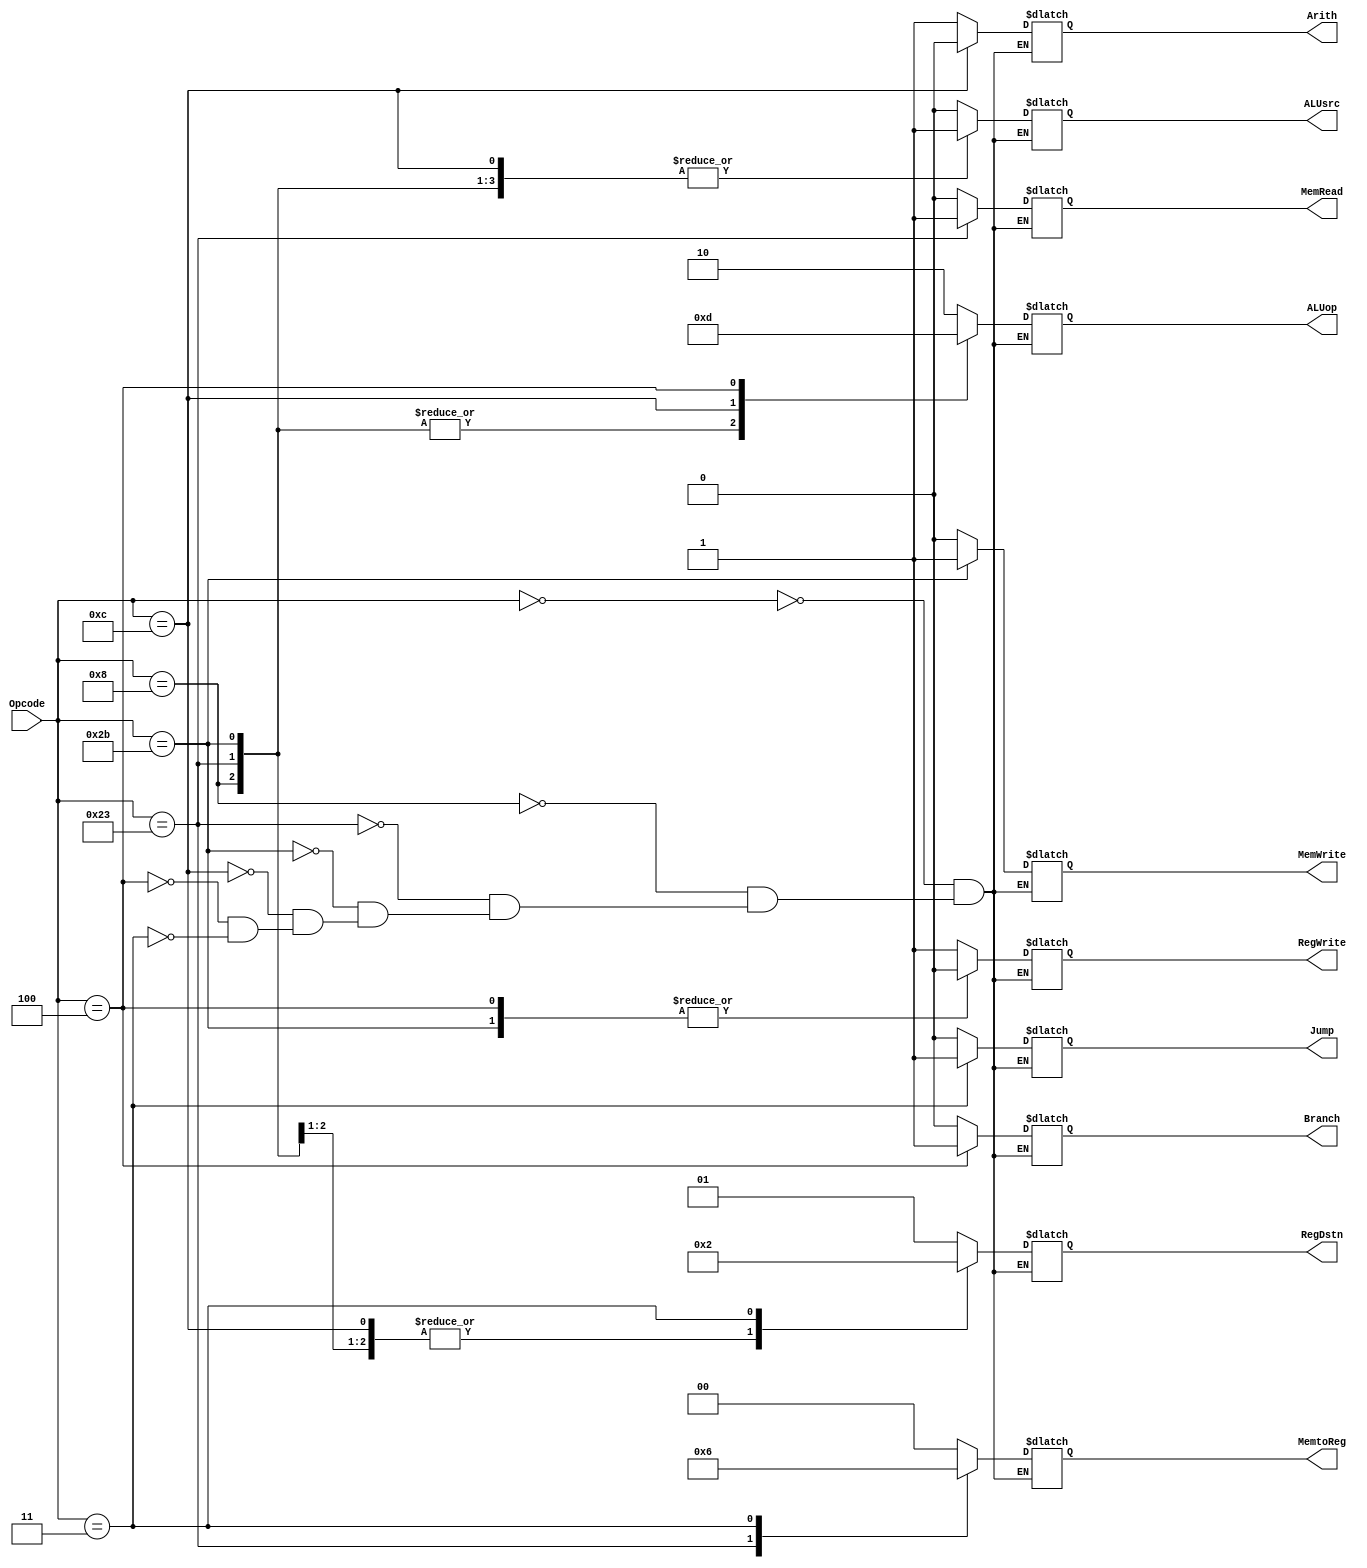
module ControlUnit(Opcode,RegDstn,Branch,MemRead,MemtoReg,ALUop,MemWrite,ALUsrc,RegWrite,Jump,Arith);
	input [5:0] Opcode;
	output Branch,MemRead,MemWrite,ALUsrc,RegWrite,Jump,Arith;
	output [1:0] ALUop;
	output [1:0] MemtoReg;
	output [1:0] RegDstn;
	
	reg Branch,MemRead,MemWrite,ALUsrc,RegWrite,Jump,Arith;
	reg [1:0] ALUop;
	reg [1:0] MemtoReg;
	reg [1:0] RegDstn;
	
	parameter [5:0] R = 6'b000000,
	                Addi = 6'b001000,
	                Lw = 6'b100011,
			Sw = 6'b101011,
			Andi = 6'b001100,
			Beq = 6'b000100,
			Jal = 6'b000011;
					
	always @ (Opcode)
	begin
		case(Opcode)
		R: begin
			RegDstn <= #2 2'b01; //rd
			Branch <= #2 0;
			MemRead <= #2 0;
			MemtoReg <= #2 2'b00;
			ALUop <= #2 2'b10; //1	.. funct: add: 100000, subtract: 100010, AND: 100100, OR: 100101, SLT: 101010
			MemWrite <= #2 0;
			ALUsrc <= #2 0;
			RegWrite <= #2 1;
			Jump <= #2 0;
			Arith <= #2 1'bx;
		end
		Addi: begin
			RegDstn <= #2 2'b00; //rt
			Branch <= #2 0;
			MemRead <= #2 0;
			MemtoReg <= #2 2'b00;
			ALUop <= #2 2'b00; //00 for adding
			MemWrite <= #2 0;
			ALUsrc <= #2 1;
			RegWrite <= #2 1;
			Jump <= #2 0;
			Arith <= #2 1;
		end
		Lw: begin
			RegDstn <= #2 2'b00;
			Branch <= #2 0;
			MemRead <= #2 1;
			MemtoReg <= #2 2'b01;
			ALUop <= #2 2'b00; //00  for lw
			MemWrite <= #2 0;
			ALUsrc <= #2 1;
			RegWrite <= #2 1;
			Jump <= #2 0;
			Arith <= #2 1'b1;
		end
		Sw: begin
			RegDstn <= #2 2'bxx; //x
			Branch <= #2 0;
			MemRead <= #2 0;
			MemtoReg <= #2 2'bxx; //x
			ALUop <= #2 2'b00; //00 for sw
			MemWrite <= #2 1;
			ALUsrc <= #2 1;
			RegWrite <= #2 0;
			Jump <= #2 0;
			Arith <= #2 1;
		end
		Andi: begin
			RegDstn <= #2 2'b00; //rt
			Branch <= #2 0;
			MemRead <= #2 0;
			MemtoReg <= #2 2'b00;
			ALUop <= #2 2'b11; //11 for and
			MemWrite <= #2 0;
			ALUsrc <= #2 1;
			RegWrite <= #2 1;
			Jump <= #2 0;
			Arith <= #2 0;
		end
		Beq: begin
			RegDstn <= #2 2'bxx; //x
			Branch <= #2 1;
			MemRead <= #2 0;
			MemtoReg <= #2 2'bxx; //x
			ALUop <= #2 2'b01; //01 for beq .. zero flag
			MemWrite <= #2 0;
			ALUsrc <= #2 0;
			RegWrite <= #2 0;
			Jump <= #2 0;
			Arith <= #2 1;
		end
		Jal: begin
			RegDstn <= #2 2'b10;
			Branch <= #2 0;
			MemRead <= #2 0;
			MemtoReg <= #2 2'b10;
			ALUop <= #2 2'bxx; //x
			MemWrite <= #2 0;
			ALUsrc <= #2 1'bx; //x
			RegWrite <= #2 1;
			Jump <= #2 1;
			Arith <= #2 1'bx;
		end
		endcase
	end
		
endmodule